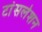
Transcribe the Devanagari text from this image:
टांंसलेशन